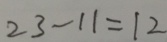
2 3 - 1 1 = 1 2